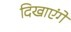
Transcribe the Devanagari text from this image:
दिखाएंगे